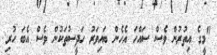
"މީގެ އިތުރުން ވެސް ސައްހަ އެހެން ބައިވަރު ހަދީސުތަކުން ވެސް އެބަ ހުރި